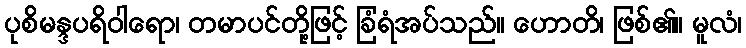
ပုစိမန္ဒပရိဝါရော၊ တမာပင်တို့ဖြင့် ခြံရံအပ်သည်။ ဟောတိ၊ ဖြစ်၏။ မူလံ၊